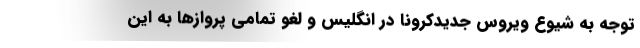
توجه به شیوع ویروس جدیدکرونا در انگلیس و لغو تمامی پروازها به این